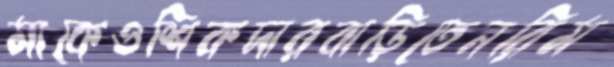
মাকেওশিকদারবাড়িতেনরিম